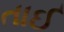
તાઈ